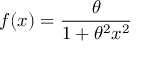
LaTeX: f ( x ) = { \frac { \theta } { 1 + \theta ^ { 2 } x ^ { 2 } } }